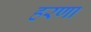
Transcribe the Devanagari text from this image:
हरणा